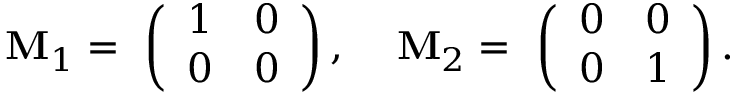
\begin{array} { r l } { \mathbf { M } _ { 1 } = ~ \left( \begin{array} { l l } { 1 } & { 0 } \\ { 0 } & { 0 } \end{array} \right) , ~ } & { { } \mathbf { M } _ { 2 } = ~ \left( \begin{array} { l l } { 0 } & { 0 } \\ { 0 } & { 1 } \end{array} \right) . } \end{array}